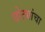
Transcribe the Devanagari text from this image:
छोट्यांचा